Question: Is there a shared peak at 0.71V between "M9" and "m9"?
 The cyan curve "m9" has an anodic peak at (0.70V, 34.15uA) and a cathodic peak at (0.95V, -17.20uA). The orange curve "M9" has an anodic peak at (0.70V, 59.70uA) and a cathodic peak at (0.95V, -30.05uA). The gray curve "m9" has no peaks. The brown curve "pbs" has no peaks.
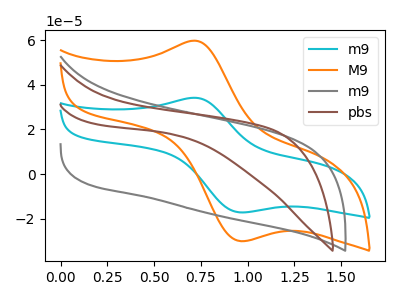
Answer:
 <answer>Yes, "M9" and "m9" share a peak at 0.71V.</answer>
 <eval>match</eval>